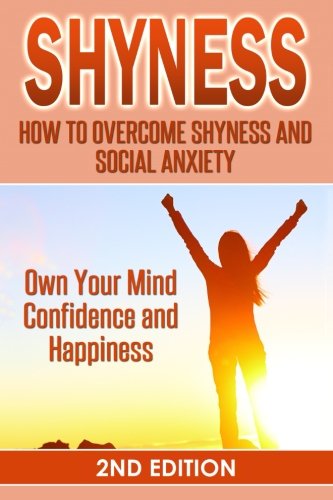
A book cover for Shyness: How To Overcome Shyness and Social Anxiety: Own Your Mind, Confidence and Happiness; Sofia Price; Self-Help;